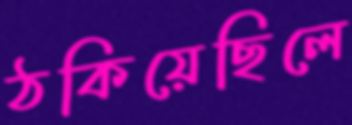
ঠকিয়েছিলে